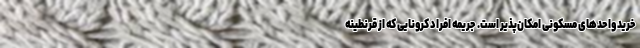
خرید واحدهای مسکونی امکان‌پذیر است. جریمه افراد کرونایی که از قرنطینه